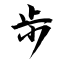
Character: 步